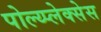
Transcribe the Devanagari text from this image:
पोल्य्प्लेक्सेस